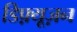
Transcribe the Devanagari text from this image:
डिफ़्यूज़न